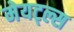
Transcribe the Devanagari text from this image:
मेयट्ल्स